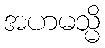
အဟမသ္မိ